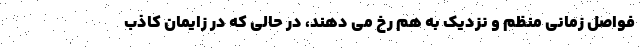
فواصل زمانی منظم و نزدیک به هم رخ می دهند، در حالی که در زایمان کاذب